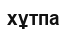
хұтпа